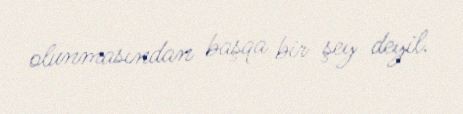
olunmasından başqa bir şey deyil.